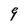
Character: 9